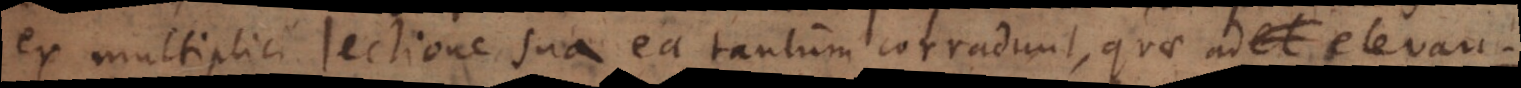
ex multiplici lectione sua ea tantum corradunt, quae ad elevandam